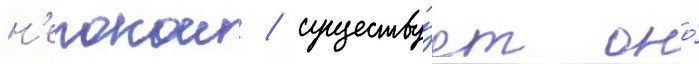
н'епокои / существу́ет оно́